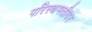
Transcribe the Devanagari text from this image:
परिस्थमतीवर